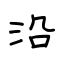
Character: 沿